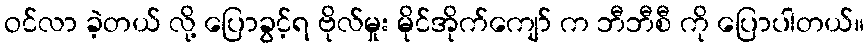
ဝင်လာ ခဲ့တယ် လို့ ပြောခွင့်ရ ဗိုလ်မှုး မိုင်အိုက်ကျော် က ဘီဘီစီ ကို ပြောပါတယ်။